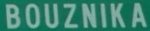
BOUZNIKA